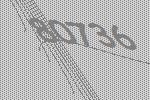
80736